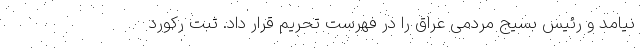
نیامد و رئیس بسیج مردمی عراق را در فهرست تحریم قرار داد. ثبت رکورد